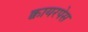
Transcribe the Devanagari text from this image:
क्वायरपेस